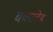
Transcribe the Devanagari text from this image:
बक्सटेड